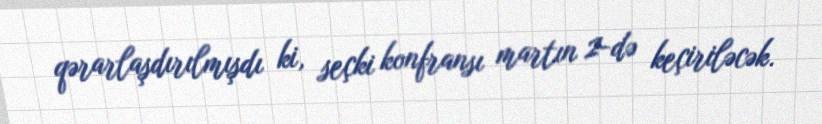
qərarlaşdırılmışdı ki, seçki konfransı martın 2-də keçiriləcək.